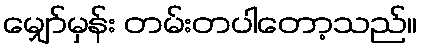
မျှော်မှန်း တမ်းတပါတော့သည်။